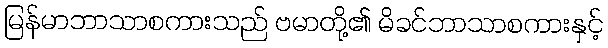
မြန်မာဘာသာစကားသည် ဗမာတို့၏ မိခင်ဘာသာစကားနှင့်